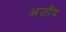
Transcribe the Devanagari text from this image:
अजॉय